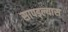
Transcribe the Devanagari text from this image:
सापड्ल्यास